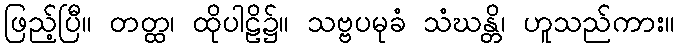
ဖြည့်ပြီ။ တတ္ထ၊ ထိုပါဠိ၌။ သဗ္ဗပမုခံ သံဃန္တိ၊ ဟူသည်ကား။